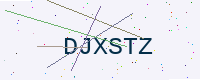
Text: DJXSTZ